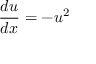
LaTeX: { \frac { d u } { d x } } = - u ^ { 2 }